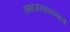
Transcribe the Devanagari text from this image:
समाजस्वास्थ्याचे